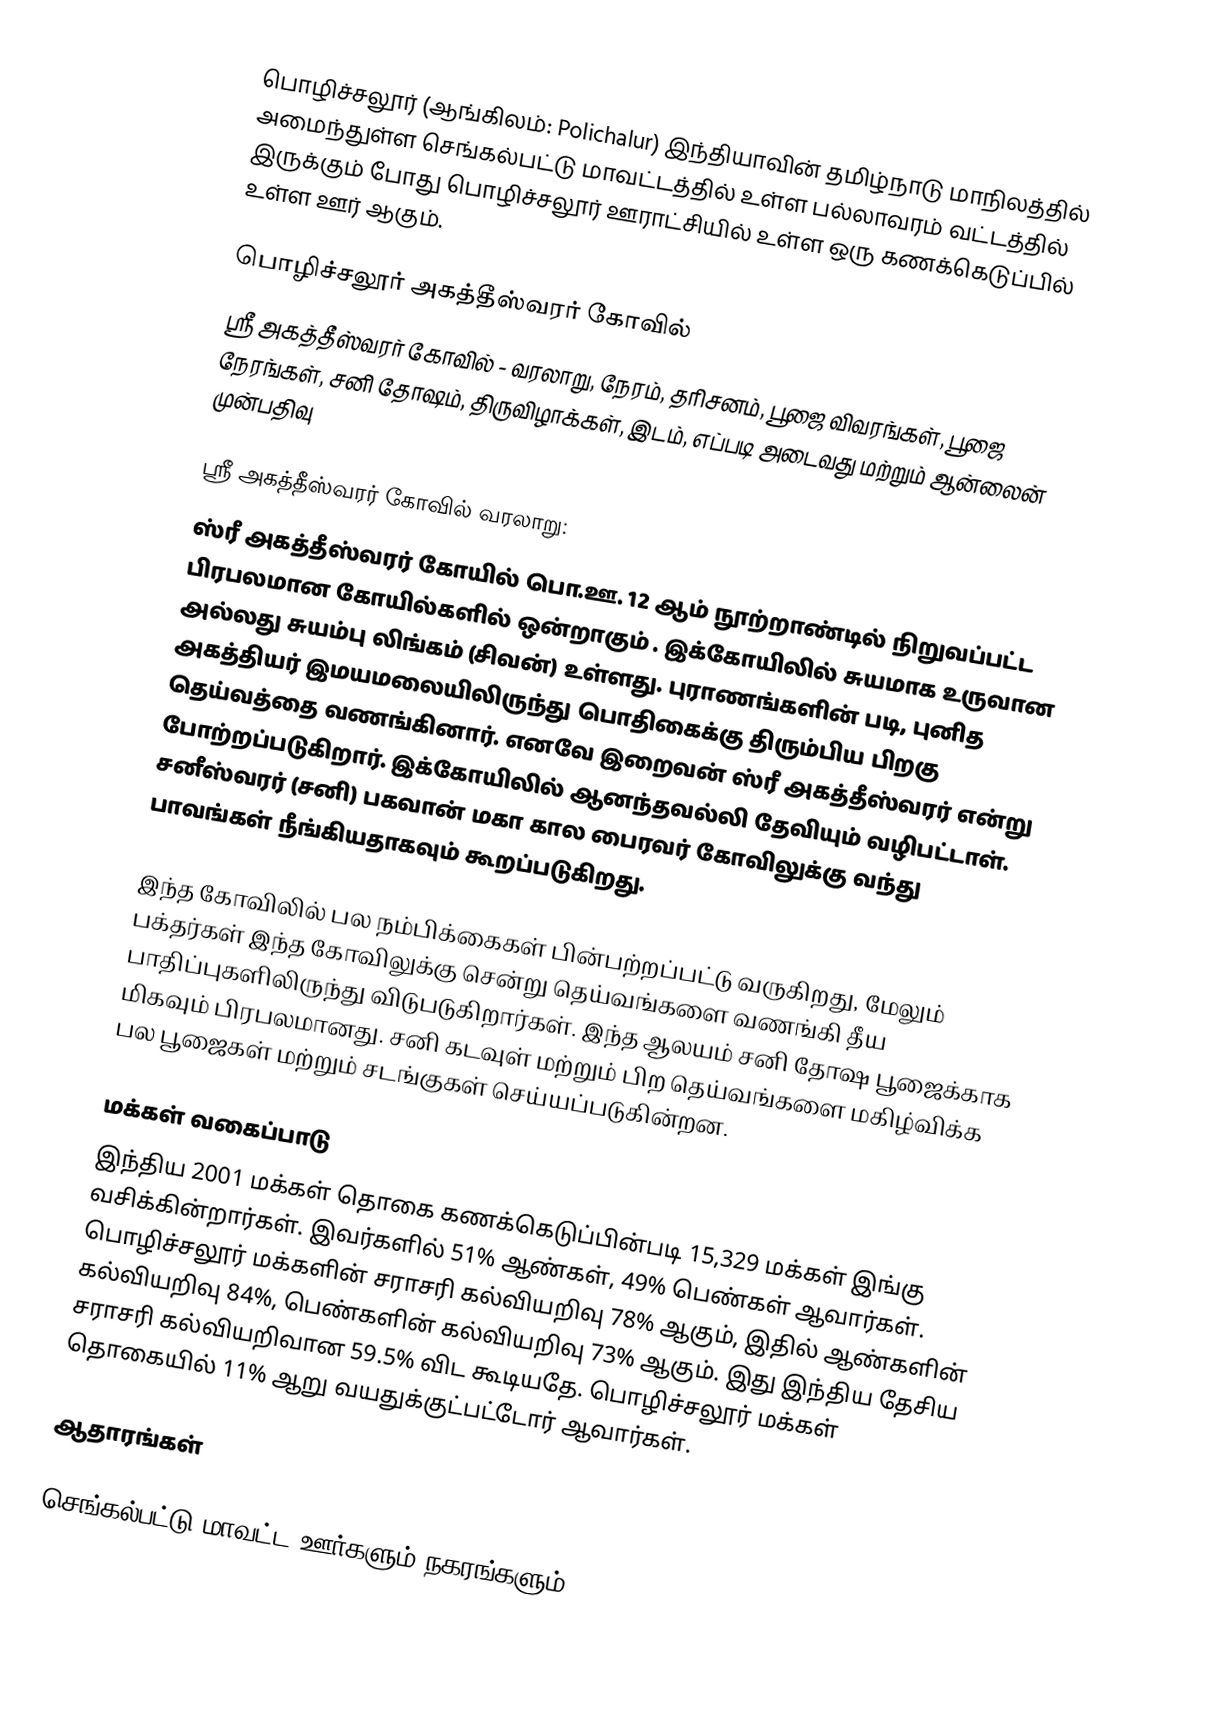
பொழிச்சலூர் (ஆங்கிலம்: Polichalur) இந்தியாவின் தமிழ்நாடு மாநிலத்தில் அமைந்துள்ள செங்கல்பட்டு மாவட்டத்தில் உள்ள பல்லாவரம் வட்டத்தில் இருக்கும் போது பொழிச்சலூர் ஊராட்சியில்  உள்ள   ஒரு கணக்கெடுப்பில் உள்ள ஊர்  ஆகும்.

பொழிச்சலூர் அகத்தீஸ்வரர் கோவில்
ஸ்ரீ அகத்தீஸ்வரர் கோவில் - வரலாறு, நேரம், தரிசனம், பூஜை விவரங்கள், பூஜை நேரங்கள், சனி தோஷம், திருவிழாக்கள், இடம், எப்படி அடைவது மற்றும் ஆன்லைன் முன்பதிவு

ஸ்ரீ அகத்தீஸ்வரர் கோவில் வரலாறு:
ஸ்ரீ அகத்தீஸ்வரர் கோயில் பொ.ஊ. 12 ஆம் நூற்றாண்டில் நிறுவப்பட்ட பிரபலமான கோயில்களில் ஒன்றாகும் . இக்கோயிலில் சுயமாக உருவான அல்லது சுயம்பு லிங்கம் (சிவன்) உள்ளது. புராணங்களின் படி, புனித அகத்தியர் இமயமலையிலிருந்து பொதிகைக்கு திரும்பிய பிறகு தெய்வத்தை வணங்கினார். எனவே இறைவன் ஸ்ரீ அகத்தீஸ்வரர் என்று போற்றப்படுகிறார். இக்கோயிலில் ஆனந்தவல்லி தேவியும் வழிபட்டாள். சனீஸ்வரர் (சனி) பகவான் மகா கால பைரவர் கோவிலுக்கு வந்து பாவங்கள் நீங்கியதாகவும் கூறப்படுகிறது.

இந்த கோவிலில் பல நம்பிக்கைகள் பின்பற்றப்பட்டு வருகிறது, மேலும் பக்தர்கள் இந்த கோவிலுக்கு சென்று தெய்வங்களை வணங்கி தீய பாதிப்புகளிலிருந்து விடுபடுகிறார்கள். இந்த ஆலயம் சனி தோஷ பூஜைக்காக மிகவும் பிரபலமானது. சனி கடவுள் மற்றும் பிற தெய்வங்களை மகிழ்விக்க பல பூஜைகள் மற்றும் சடங்குகள் செய்யப்படுகின்றன.

மக்கள் வகைப்பாடு
இந்திய 2001 மக்கள் தொகை கணக்கெடுப்பின்படி 15,329 மக்கள் இங்கு வசிக்கின்றார்கள். இவர்களில் 51% ஆண்கள், 49% பெண்கள் ஆவார்கள். பொழிச்சலூர் மக்களின் சராசரி கல்வியறிவு 78% ஆகும்,  இதில் ஆண்களின் கல்வியறிவு 84%,  பெண்களின் கல்வியறிவு 73% ஆகும். இது இந்திய தேசிய சராசரி கல்வியறிவான 59.5% விட கூடியதே. பொழிச்சலூர் மக்கள் தொகையில் 11%  ஆறு வயதுக்குட்பட்டோர் ஆவார்கள்.

ஆதாரங்கள்

செங்கல்பட்டு மாவட்ட ஊர்களும் நகரங்களும்